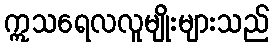
ဣသရေလလူမျိုးများသည်